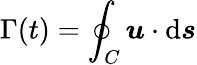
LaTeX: \Gamma(t)=\oint_{C}{\boldsymbol{u}}\cdot\mathrm{d}{\boldsymbol{s}}